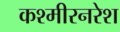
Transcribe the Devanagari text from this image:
कश्मीरनरेश